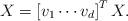
LaTeX: \begin{align*} X_{ }=\left[ v_1\cdots v_d\right]^T X.\end{align*}